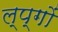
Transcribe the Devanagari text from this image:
ल्प्गों